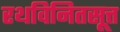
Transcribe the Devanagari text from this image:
रथविनितसूत्त